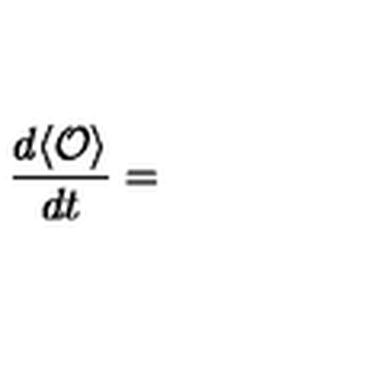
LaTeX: \frac { d \langle { \mathcal O } \rangle } { d t } =